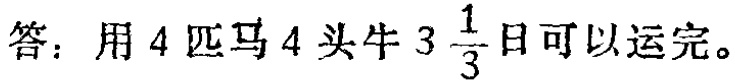
答：用 \(4\) 匹马 \(4\) 头牛 \(3\frac{1}{3}\) 日可以运完。